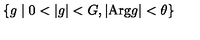
\left\{ g \mid 0 < | g | < G , | \mathrm { A r g } g | < \theta \right\}